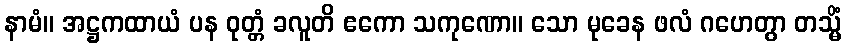
နာမံ။ အဋ္ဌကထာယံ ပန ဝုတ္တံ ခလူတိ ဧကော သကုဏော။ သော မုခေန ဖလံ ဂဟေတွာ တသ္မိံ